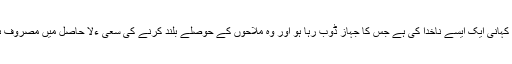
یہ کہانی ایک ایسے ناخدا کی ہے جس کا جہاز ڈوب رہا ہو اور وہ ملاحوں کے حوصلے بلند کرنے کی سعی ءلا حاصل میں مصروف ہو۔